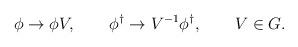
LaTeX: \begin{align*} \phi\to \phi V,\qquad \phi^\dag\to V^{-1}\phi^\dag,\qquad V\in G.\end{align*}